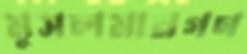
মুসলমানগণ